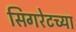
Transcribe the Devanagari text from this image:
सिगरेटच्या